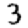
Digit: 3